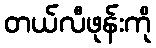
တယ်လီဖုန်းကို